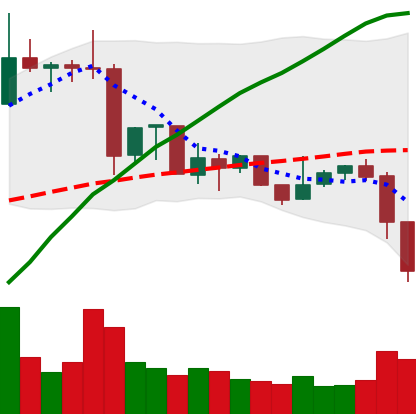
Ticker: XRP-USD
Chart end date: 2019-07-11
Forward return: -10.174%
Label: down_7plus